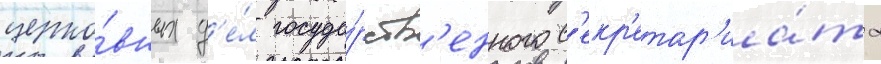
церко́вных д'е́л госуда́рств'енного с'екр'етар'иа́та